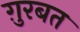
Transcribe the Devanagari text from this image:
ग़ुरबत